Civil Veterinary Department Bihar & Orissa reports 1922-29 - 1922-1929
Year: 1922
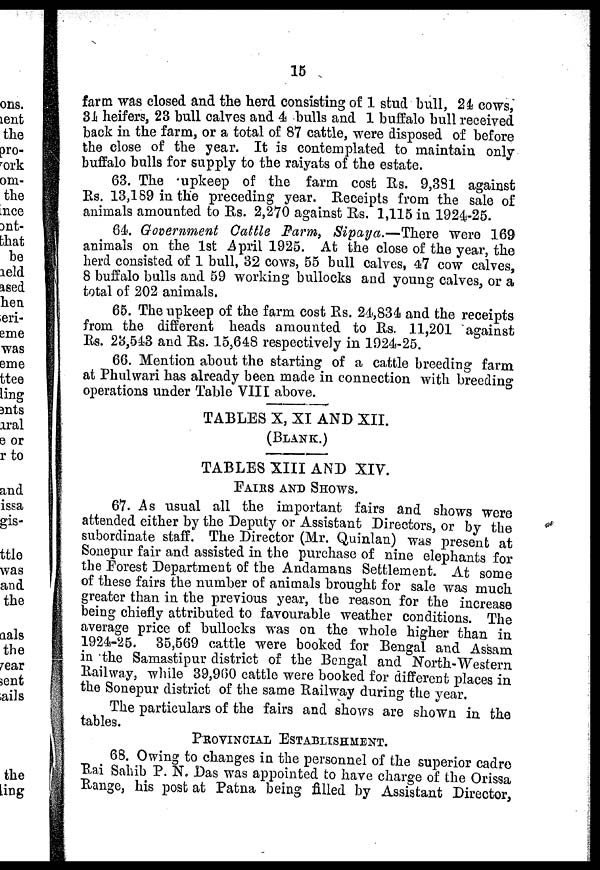
15
farm was closed and the herd consisting of 1 stud bull, 24 cows,
34 heifers, 23 bull calves and 4 bulls and 1 buffalo bull received
back in the farm, or a total of 87 cattle, were disposed of before
the close of the year. It is contemplated to maintain only
buffalo bulls for supply to the raiyats of the estate.
63. The upkeep of the farm cost Rs. 9,331 against
Rs. 13,189 in the preceding year. Receipts from the sale of
animals amounted to Rs. 2,270 against Rs. 1,115 in 1924-25.
64. Government Cattle Farm, Sipaya.—There
were 169
animals on the 1st April 1925. At the close of the year, the
herd consisted of 1 bull, 32 cows, 55 bull calves, 47 cow calves
8 buffalo bulls and 59 working bullocks and young calves or a
total of 202 animals.
65. The upkeep of the farm cost Rs. 24,834 and the receipts
from the different heads amounted to Rs. 11,201 against
Rs. 23,543 and Rs. 15,648 respectively in 1924-25.
66. Mention about the starting of a cattle breeding farm
at Phulwari has already been made in connection with breeding
operations under Table VIII above.
TABLES X, XI AND XII.
(BLANK.)
TABLES XIII AND XIV.
FAIRS AND SHOWS.
67. As usual all the important fairs and shows were
attended either by the Deputy or Assistant Directors or by the
subordinate staff. The Director (Mr. Quinlan) was present at
Sonepur fair and assisted in the purchase of nine elephants for
the Forest Department of the Andamans Settlement. At some
of these fairs the number of animals brought for sale was much
greater than in the previous year, the reason for the increase
being chiefly attributed to favourable weather conditions The
average price of bullocks was on the whole higher than in
1924-25. 35,569 cattle were booked for Bengal and Assam
in the Samastipur district of the Bengal and North-Western
Railway, while 39,960 cattle were booked for different places in
the Sonepur district of the same Railway during the year.
The particulars of the fairs and shows are shown in the
tables.
PROVINCIAL ESTABLISHMENT.
68. Owing to changes in the personnel of the superior cadre
Rai Sahib P. N. Das was appointed to have charge of the Orissa
Range, his post at Patna being filled by Assistant Director